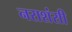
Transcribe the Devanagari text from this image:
नराशंसी